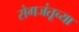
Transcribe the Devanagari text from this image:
रोगजंतूच्या